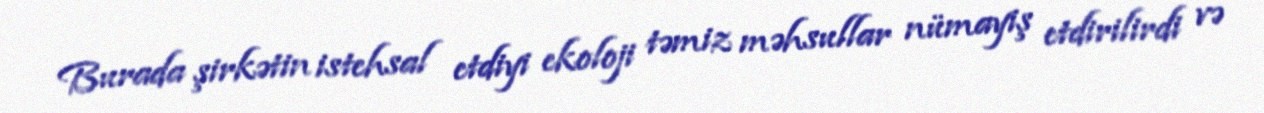
Burada şirkətin istehsal etdiyi ekoloji təmiz məhsullar nümayiş etdirilirdi və